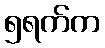
၅ရက်က